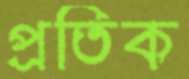
প্রতিক